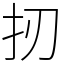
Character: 扨